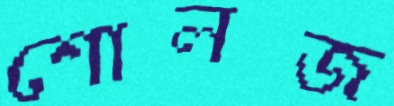
শোলজ